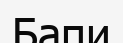
Бапи